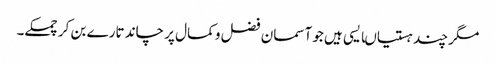
مگر چند ہستیاںایسی ہیں جو آسمان فضل و کمال پر چاند تارے بن کر چمکے۔